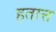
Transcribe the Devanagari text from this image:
हतात्त